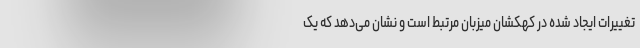
تغییرات ایجاد شده در کهکشان میزبان مرتبط است و نشان می‌دهد که یک